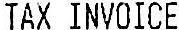
TAX INVOICE